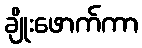
ချိုးဖောက်ကာ